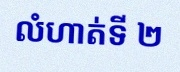
លំហាត់ទី ២